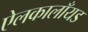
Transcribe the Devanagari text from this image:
ऐलकालाँयड